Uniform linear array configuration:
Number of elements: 16
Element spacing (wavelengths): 0.25
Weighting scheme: cosine
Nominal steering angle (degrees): -60
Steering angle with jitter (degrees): -59.748
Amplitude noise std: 0.05
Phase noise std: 0.05

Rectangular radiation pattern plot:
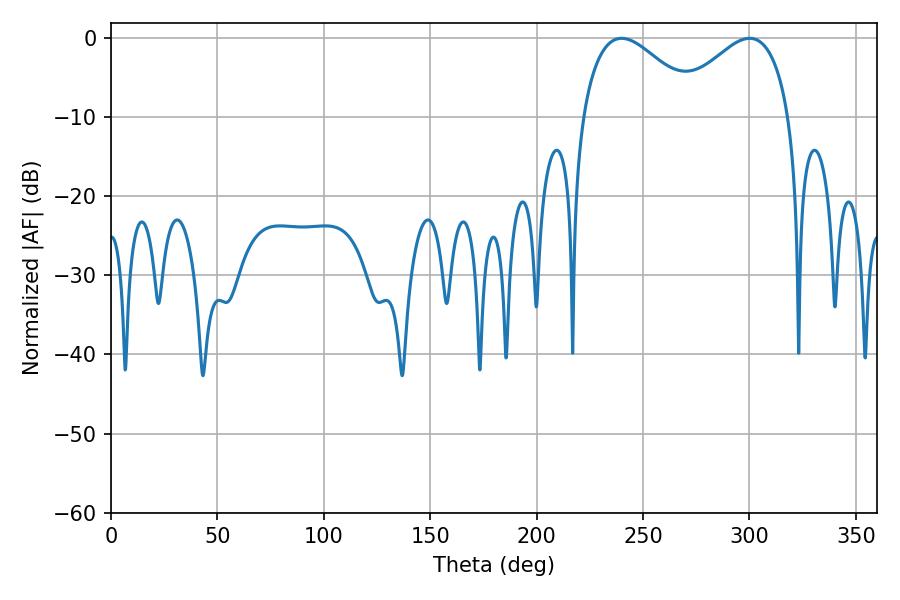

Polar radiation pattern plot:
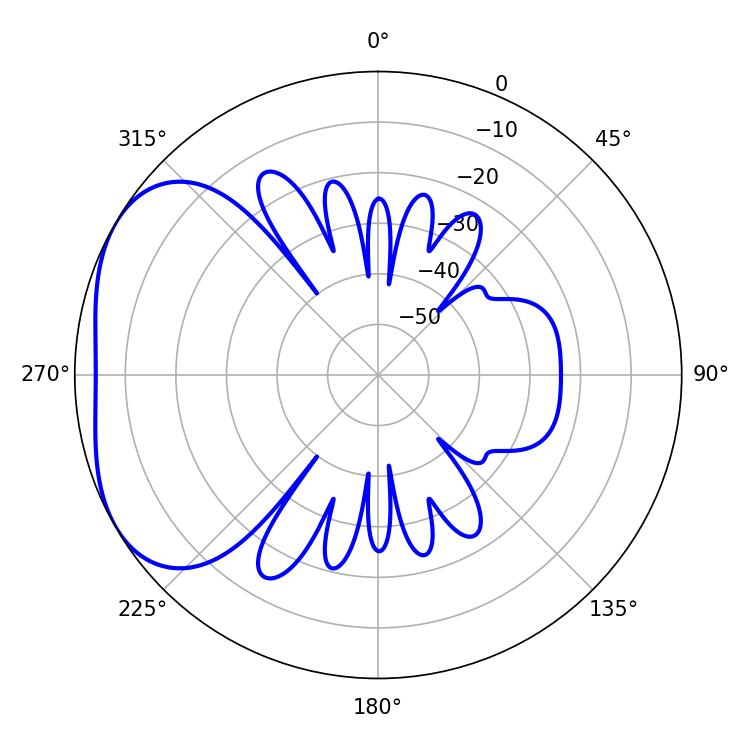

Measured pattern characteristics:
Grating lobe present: FALSE
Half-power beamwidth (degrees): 30.24
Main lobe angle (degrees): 239.94